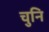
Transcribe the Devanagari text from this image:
चुनि